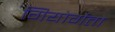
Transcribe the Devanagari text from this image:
गियोर्गेत्तो